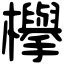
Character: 欅